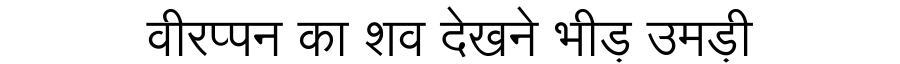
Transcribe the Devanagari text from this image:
वीरप्पन का शव देखने भीड़ उमड़ी